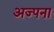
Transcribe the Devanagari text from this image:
अज्पना